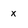
Character: X